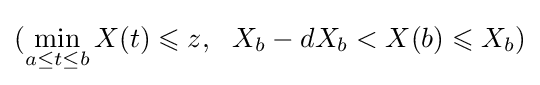
(\min _{a\leq t\leq b}X(t)\leqslant z,\ \ X_{b}-dX_{b}<X(b)\leqslant X_{b})